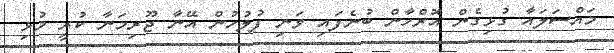
މައްސަލައާ ގުޅިގެން އޮރްހާން ބުނެފައި ވަނި ފުލުހުން އޭނާ ޖޫރިމަނާ ކުރީ މުޅި